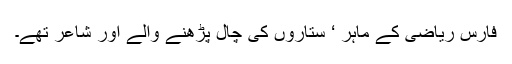
فارس ریاضی کے ماہر ‘ ستاروں کی چال پڑھنے والے اور شاعر تھے۔